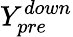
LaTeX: Y_{pre}^{down}